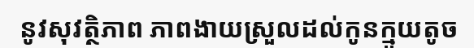
នូវសុវត្ថិភាព ភាពងាយស្រួលដល់កូនក្មួយតូច